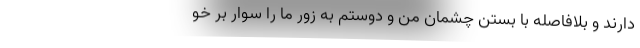
دارند و بلافاصله با بستن چشمان من و دوستم به زور ما را سوار بر خو